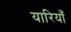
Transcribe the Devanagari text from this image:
यारियाँ